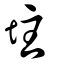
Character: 𡊲